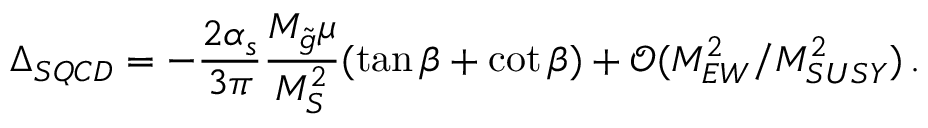
\Delta _ { S Q C D } = - \frac { 2 \alpha _ { s } } { 3 \pi } \frac { M _ { \tilde { g } } \mu } { M _ { S } ^ { 2 } } ( \tan \beta + \cot \beta ) + \mathcal { O } ( M _ { E W } ^ { 2 } / M _ { S U S Y } ^ { 2 } ) \, .